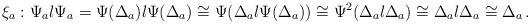
LaTeX: \begin{align*}\xi_a: \Psi_a \l \Psi_a = \Psi( \Delta_a ) \l \Psi( \Delta_a ) \cong \Psi( \Delta_a \l \Psi(\Delta_a ) ) \cong \Psi^2( \Delta_a \l \Delta_a ) \cong \Delta_a \l \Delta_a \cong \Delta_a\,.\end{align*}